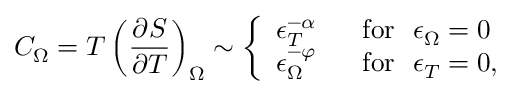
C _ { \Omega } = T \left( \frac { \partial S } { \partial T } \right) _ { \Omega } \sim \left\{ \begin{array} { l l } { { \epsilon _ { T } ^ { - \alpha } } } & { { \ \ \mathrm { f o r } \ \ \epsilon _ { \Omega } = 0 } } \\ { { \epsilon _ { \Omega } ^ { - \varphi } } } & { { \ \ \mathrm { f o r } \ \ \epsilon _ { T } = 0 , } } \end{array} \right.